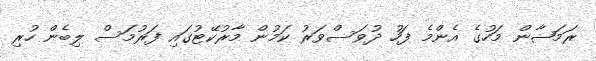
ރަމަޟާން މަހުގެ އެންމެ ފަހު ދުވަސްވަރު ކަމުން މާރުކޭޓުގައި ފަރުމަސް ލިބެން ހުރި